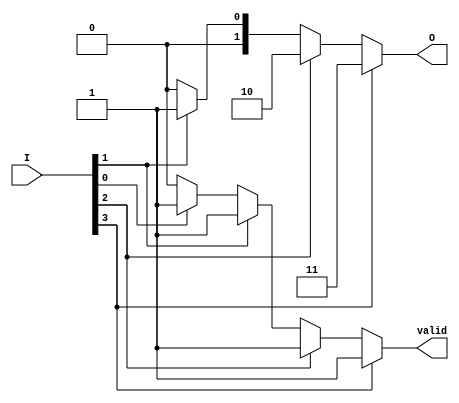
module binary_encoder (
    input wire [3:0] I,  // 4 input lines
    output reg [1:0] O,  // 2 output lines
    output reg valid     // Indicates if the output is valid
);

always @(*) begin
    // Default values
    O = 2'b00; // Default output
    valid = 1'b0; // Default valid signal

    // Priority encoding
    if (I[3]) begin
        O = 2'b11; // I3 is active
        valid = 1'b1;
    end else if (I[2]) begin
        O = 2'b10; // I2 is active
        valid = 1'b1;
    end else if (I[1]) begin
        O = 2'b01; // I1 is active
        valid = 1'b1;
    end else if (I[0]) begin
        O = 2'b00; // I0 is active
        valid = 1'b1;
    end
    // If no input is active, O remains 00 and valid is 0
end

endmodule